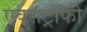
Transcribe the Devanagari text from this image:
एक्सट्रॉफी